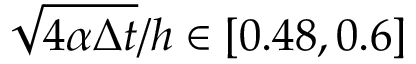
\sqrt { 4 \alpha \Delta t } / h \in [ 0 . 4 8 , 0 . 6 ]